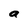
Character: a